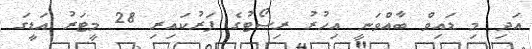
އަދި މި ޑައިވް ބާއްވަނީ އިހުރު ރިސޯޓުގެ ފަރުކައިރި 28 މީޓަރު އަޑީގަ